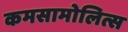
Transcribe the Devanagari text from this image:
कमसामोलित्स